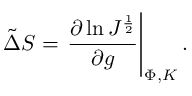
\tilde { \Delta } S = \left. { \frac { \partial \ln J ^ { \frac { 1 } { 2 } } } { \partial g } } \right| _ { \Phi , K } .